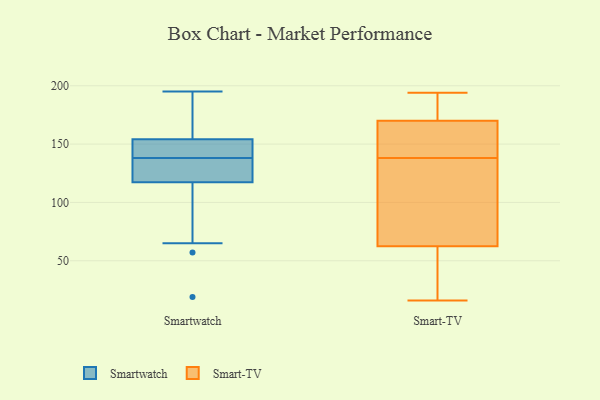
{"axis": {"x": "Active Users", "y": "Value"}, "legend": ["Smart-TV", "Smartwatch"], "data": [{"x": "", "y": 195, "type": "Smartwatch"}, {"x": "", "y": 134, "type": "Smartwatch"}, {"x": "", "y": 74, "type": "Smartwatch"}, {"x": "", "y": 19, "type": "Smartwatch"}, {"x": "", "y": 138, "type": "Smartwatch"}, {"x": "", "y": 138, "type": "Smartwatch"}, {"x": "", "y": 115, "type": "Smartwatch"}, {"x": "", "y": 136, "type": "Smartwatch"}, {"x": "", "y": 144, "type": "Smartwatch"}, {"x": "", "y": 57, "type": "Smartwatch"}, {"x": "", "y": 124, "type": "Smartwatch"}, {"x": "", "y": 157, "type": "Smartwatch"}, {"x": "", "y": 130, "type": "Smartwatch"}, {"x": "", "y": 146, "type": "Smartwatch"}, {"x": "", "y": 163, "type": "Smartwatch"}, {"x": "", "y": 181, "type": "Smartwatch"}, {"x": "", "y": 65, "type": "Smartwatch"}, {"x": "", "y": 146, "type": "Smartwatch"}, {"x": "", "y": 181, "type": "Smartwatch"}, {"x": "", "y": 65, "type": "Smart-TV"}, {"x": "", "y": 16, "type": "Smart-TV"}, {"x": "", "y": 126, "type": "Smart-TV"}, {"x": "", "y": 188, "type": "Smart-TV"}, {"x": "", "y": 184, "type": "Smart-TV"}, {"x": "", "y": 21, "type": "Smart-TV"}, {"x": "", "y": 60, "type": "Smart-TV"}, {"x": "", "y": 149, "type": "Smart-TV"}, {"x": "", "y": 127, "type": "Smart-TV"}, {"x": "", "y": 155, "type": "Smart-TV"}, {"x": "", "y": 194, "type": "Smart-TV"}, {"x": "", "y": 156, "type": "Smart-TV"}]}